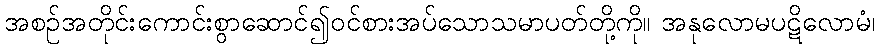
အစဉ်အတိုင်းကောင်းစွာဆောင်၍ဝင်စားအပ်သောသမာပတ်တို့ကို။ အနုလောမပဋိလောမံ၊